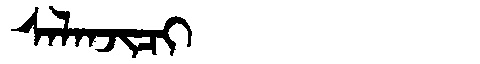
Manchu: ᠰᠠᠯᠠᠨᠵᡳᠴᡳ
Romanization: SALANJICI